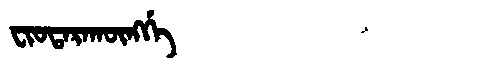
Manchu: ᠸᡳᠣᡨᠠᡵᠠᡴᡡᠩᡤᡝ
Romanization: FIOTARAKŪNGGE